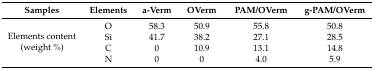
| Samples | Elements | a-Verm | OVerm | PAM/OVerm | g-PAM/OVerm |
 | --- | --- | --- | --- | --- | --- |
 | <ROWSPAN=4> Elements content (weight %) | O | 58.3 | 50.9 | 55.8 | 50.8 |
 | Si | 41.7 | 38.2 | 27.1 | 28.5 |
 | C | 0 | 10.9 | 13.1 | 14.8 |
 | N | 0 | 0 | 4.0 | 5.9 |